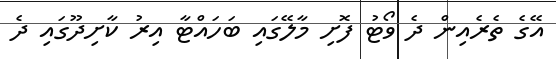
އޭގެ ތެރެއިން ދެ ވޯޓު ފޮށި މާލޭގައި ބަހައްޓާ އިރު ކާށިދޫގައި ދެ